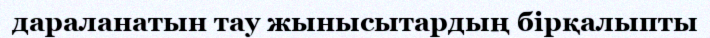
дараланатын тау жынысытардың бірқалыпты